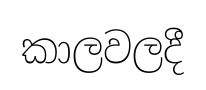
කාලවලදී